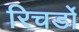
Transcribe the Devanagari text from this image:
रिचर्डो